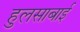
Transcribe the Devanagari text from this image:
हुलसाबाई